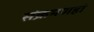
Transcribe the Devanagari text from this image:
संक्रमणहो